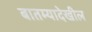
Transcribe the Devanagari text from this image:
बातम्यादेखील